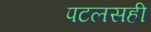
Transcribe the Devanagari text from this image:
पटलसही